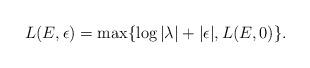
LaTeX: \begin{align*}L(E,\epsilon)=\max \{\log |\lambda|+|\epsilon|,L(E,0)\}.\end{align*}